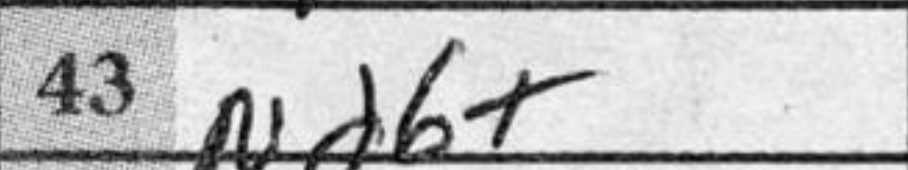
Transcription: Nd6+